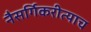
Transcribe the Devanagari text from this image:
नैसर्गिकरीत्याच